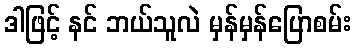
ဒါဖြင့် နင် ဘယ်သူလဲ မှန်မှန်ပြောစမ်း